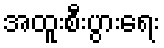
အထူးစီးပွားရေး